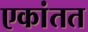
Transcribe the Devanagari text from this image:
एकांतत